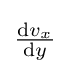
{\textstyle {\frac {\mathrm {d} v_{x}}{\mathrm {d} y}}}